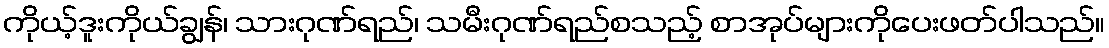
ကိုယ့်ဒူးကိုယ်ချွန်၊ သားဂုဏ်ရည်၊ သမီးဂုဏ်ရည်စသည့် စာအုပ်များကိုပေးဖတ်ပါသည်။